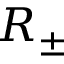
R _ { \pm }